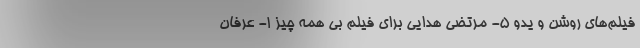
فیلم‌های روشن و یدو 5- مرتضی هدایی برای فیلم بی همه چیز 1- عرفان